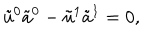
\tilde { u } ^ { 0 } \tilde { a } ^ { 0 } - \tilde { u } ^ { 1 } \tilde { a } ^ { 1 } = 0 ,